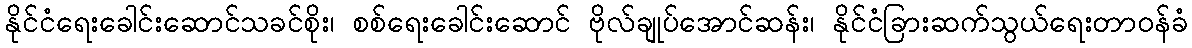
နိုင်ငံရေးခေါင်းဆောင်သခင်စိုး၊ စစ်ရေးခေါင်းဆောင် ဗိုလ်ချုပ်အောင်ဆန်း၊ နိုင်ငံခြားဆက်သွယ်ရေးတာဝန်ခံ